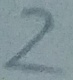
Text: 2